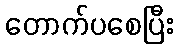
တောက်ပစေပြီး